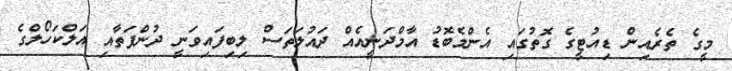
މީގެ ތެރެއިން ޑިއުޓީގެ ގޮތުގައި އެންމެބޮޑު އާމްދަނީއެއް ދައުލަތަސް ލިބިފައިވަނީ ދުންފަތާއި އަލްކަހޯލްގެ